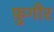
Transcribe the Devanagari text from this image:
फ़ुगीर